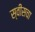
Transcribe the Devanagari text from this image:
स्वीसचा